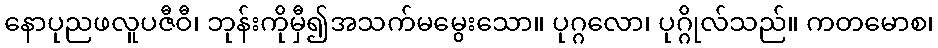
နောပုညဖလူပဇီဝီ၊ ဘုန်းကိုမှီ၍အသက်မမွေးသော။ ပုဂ္ဂလော၊ ပုဂ္ဂိုလ်သည်။ ကတမောစ၊